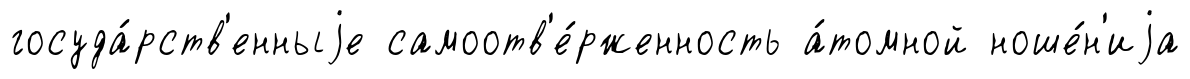
госуда́рств'енныjе самоотв'е́рженность а́томной ноше́н'иjа